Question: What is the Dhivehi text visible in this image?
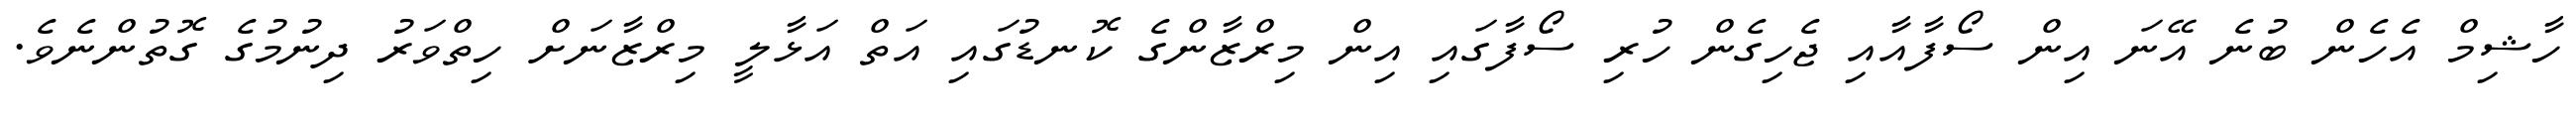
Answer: ހާޝިމް އެހެން ބުނެ އޭނަ އިން ސޯފާއާއި ޖެހިގެން ހުރި ސޯފާގައި އިން މިރްޒާންގެ ކޮނޑުގައި އަތް އަޅާލީ މިރްޒާނަށް ހިތްވަރު ދިނުމުގެ ގޮތުންނެވެ.